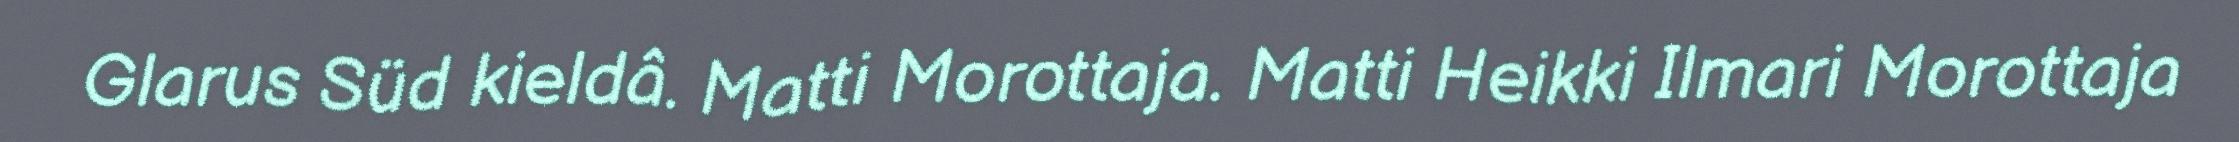
Glarus Süd kieldâ. Matti Morottaja. Matti Heikki Ilmari Morottaja